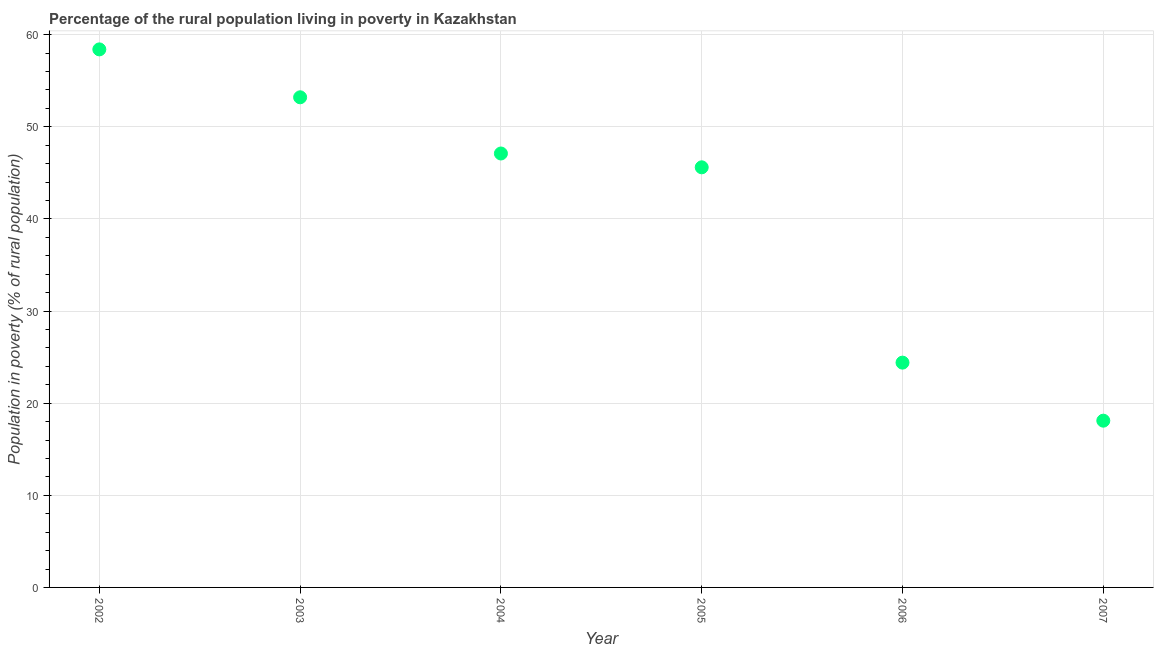
| Year | Rural poverty headcount ratio |
 | --- | --- |
 | 2002 | 58.4 |
 | 2003 | 53.2 |
 | 2004 | 47.1 |
 | 2005 | 45.6 |
 | 2006 | 24.4 |
 | 2007 | 18.1 |